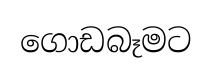
ගොඩබෑමට